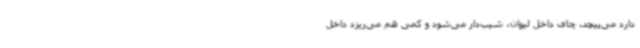
دارد می‌پیچد. چای داخل لیوان، شیب‌دار می‌شود و کمی هم می‌ریزد داخل